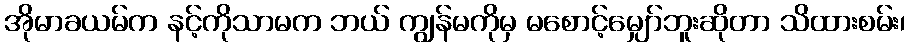
အိုမာခယမ်က နင့်ကိုသာမက ဘယ် ကျွန်မကိုမှ မစောင့်မျှော်ဘူးဆိုတာ သိထားစမ်း၊